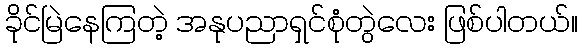
ခိုင်မြဲနေကြတဲ့ အနုပညာရှင်စုံတွဲလေး ဖြစ်ပါတယ်။